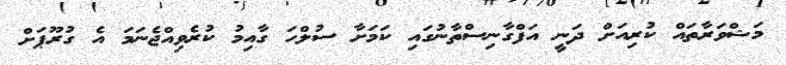
މަޝްވަރާތައް ކުރިއަށް ދަނީ އަފްގާނިސްތާނުގައި ކަމަށާ ސުލްހަ ގާއިމު ކުރެވިއްޖެނަމަ އެ ގުރޫޕަށް